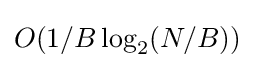
O(1/B\log _{2}(N/B))